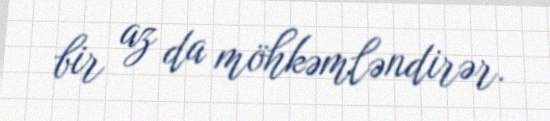
bir az da möhkəmləndirər.